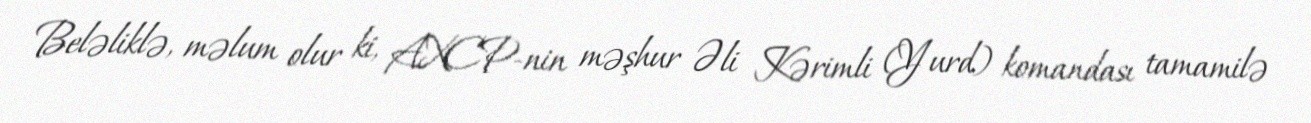
Beləliklə, məlum olur ki, AXCP-nin məşhur Əli Kərimli (Yurd) komandası tamamilə